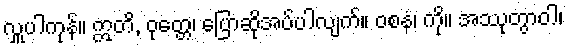
လှူပါကုန်။ ဣတိ, ဝုတ္တေ၊ ပြောဆိုအပ်ပါလျက်။ ဝစနံ၊ ကို။ အဿုတွာဝါ၊